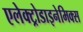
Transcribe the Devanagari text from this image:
एलेक्ट्रोडाइनेमिक्स